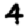
Digit: 4